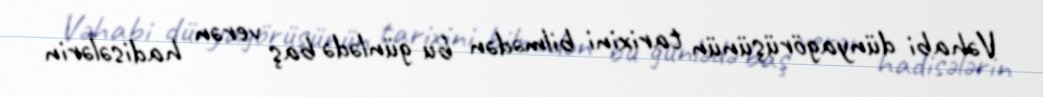
Vəhabi dünyagörüşünün tarixini bilmədən bu günlədə baş verən hadisələrin